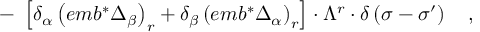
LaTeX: - \; \left[ \delta _ { \alpha } \left( e m b ^ { * } \Delta _ { \beta } \right) _ { r } + \delta _ { \beta } \left( e m b ^ { * } \Delta _ { \alpha } \right) _ { r } \right] \cdot \Lambda ^ { r } \cdot \delta \left( \sigma - \sigma ^ { \prime } \right) \quad ,